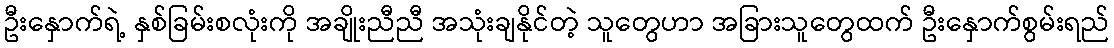
ဦးနှောက်ရဲ့ နှစ်ခြမ်းစလုံးကို အချိုးညီညီ အသုံးချနိုင်တဲ့ သူတွေဟာ အခြားသူတွေထက် ဦးနှောက်စွမ်းရည်